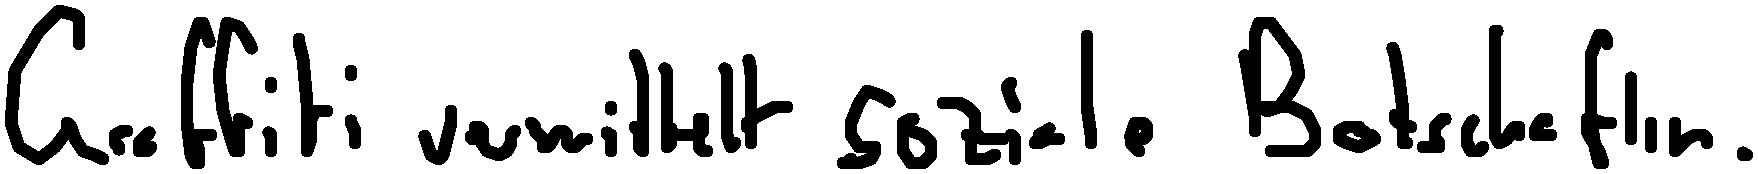
Graffiti vermittelt soziale Botschaften.